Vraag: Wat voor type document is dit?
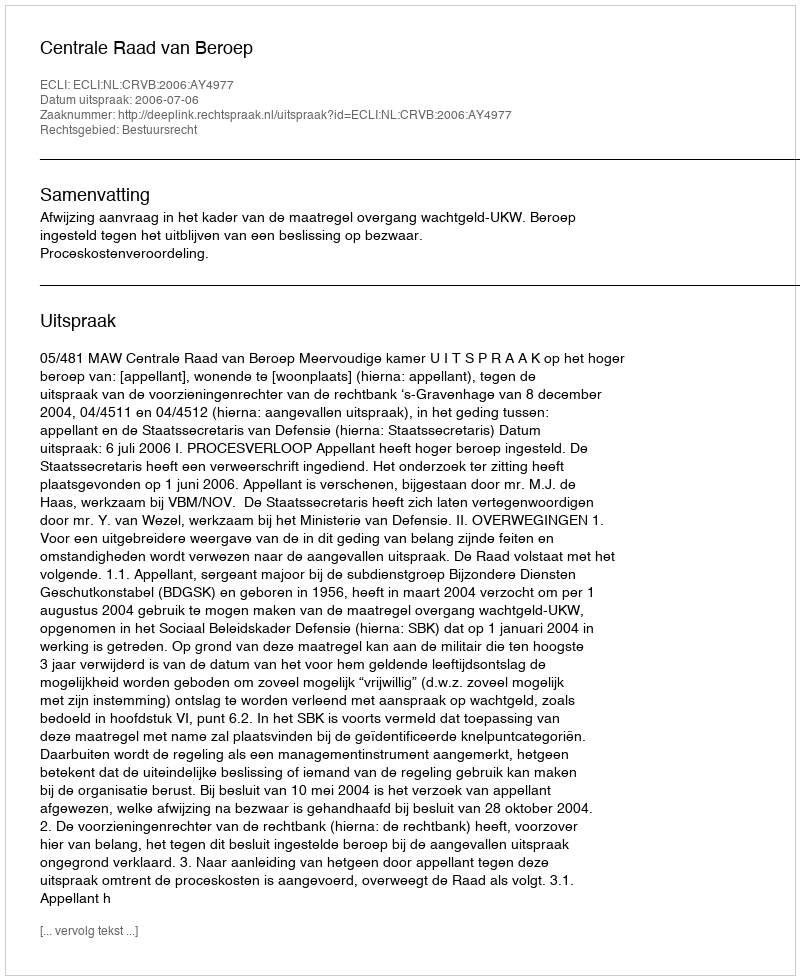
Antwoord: Uitspraak